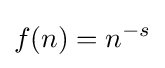
f(n)=n^{-s}